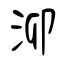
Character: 泖